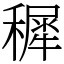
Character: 穉